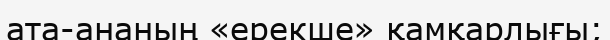
ата-ананың «ерекше» қамқарлығы;